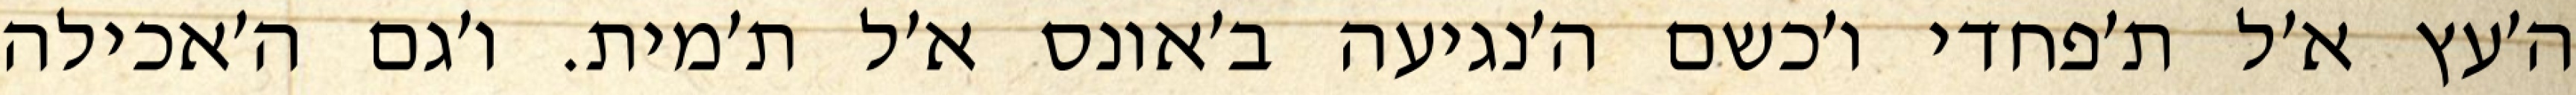
ה׳עץ א׳ל ת׳פחדי ו׳כשם ה׳נגיעה ב׳אונס א׳ל ת׳מית. ו׳גם ה׳אכילה